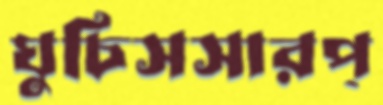
ঘুচিসসারপ্